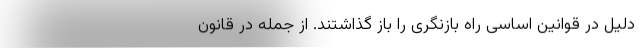
دلیل در قوانین اساسی راه بازنگری را باز گذاشتند. از جمله در قانون